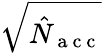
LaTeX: \sqrt{\hat{N}_{\mathrm{~a~c~c~}}}